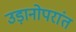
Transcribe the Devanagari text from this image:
उड़ानोपरांत